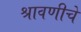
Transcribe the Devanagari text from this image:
श्रावणीचे